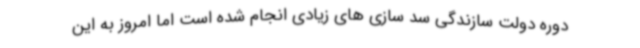
دوره دولت سازندگی سد سازی های زیادی انجام شده است اما امروز به این